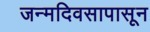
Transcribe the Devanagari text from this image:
जन्मदिवसापासून